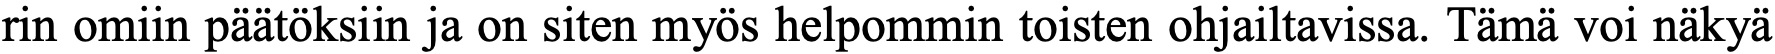
rin omiin päätöksiin ja on siten myös helpommin toisten ohjailtavissa. Tämä voi näkyä